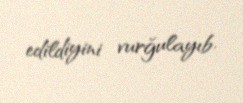
edildiyini vurğulayıb.